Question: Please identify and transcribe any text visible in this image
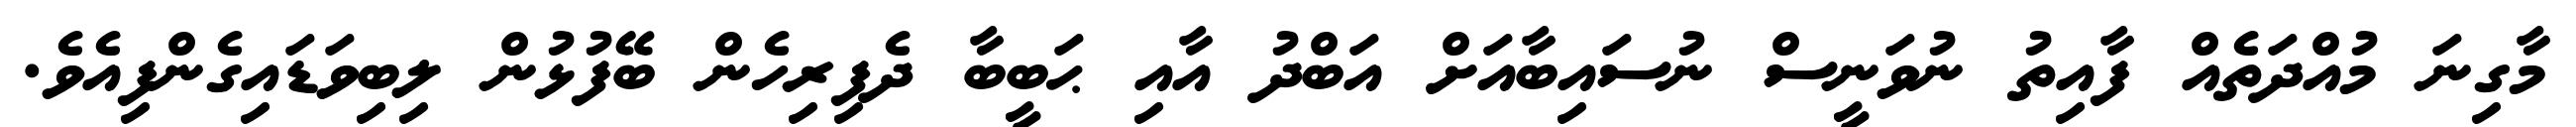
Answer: މާގިނަ މުއްދަތެއް ފާއިތު ނުވަނީސް ނުސައިބާއަށް އަބްދު އާއި ޙަބީބާ ދެފިރިހެން ބޭފުޅުން ލިބިވަޑައިގެންފިއެވެ.